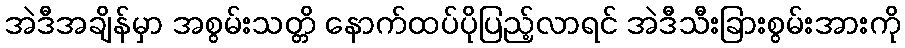
အဲဒီအချိန်မှာ အစွမ်းသတ္တိ နောက်ထပ်ပိုပြည့်လာရင် အဲဒီသီးခြားစွမ်းအားကို